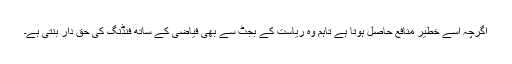
اگرچہ اسے خطیر منافع حاصل ہوتا ہے تاہم وہ ریاست کے بجٹ سے بھی فیاضی کے ساتھ فنڈنگ کی حق دار بنتی ہے۔